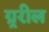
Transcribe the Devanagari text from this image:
ग्र्ररील